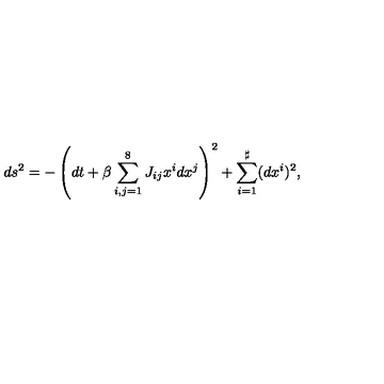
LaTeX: d s ^ { 2 } = - \left( d t + \beta \sum _ { i , j = 1 } ^ { 8 } J _ { i j } x ^ { i } d x ^ { j } \right) ^ { 2 } + \sum _ { i = 1 } ^ { \sharp } ( d x ^ { i } ) ^ { 2 } ,